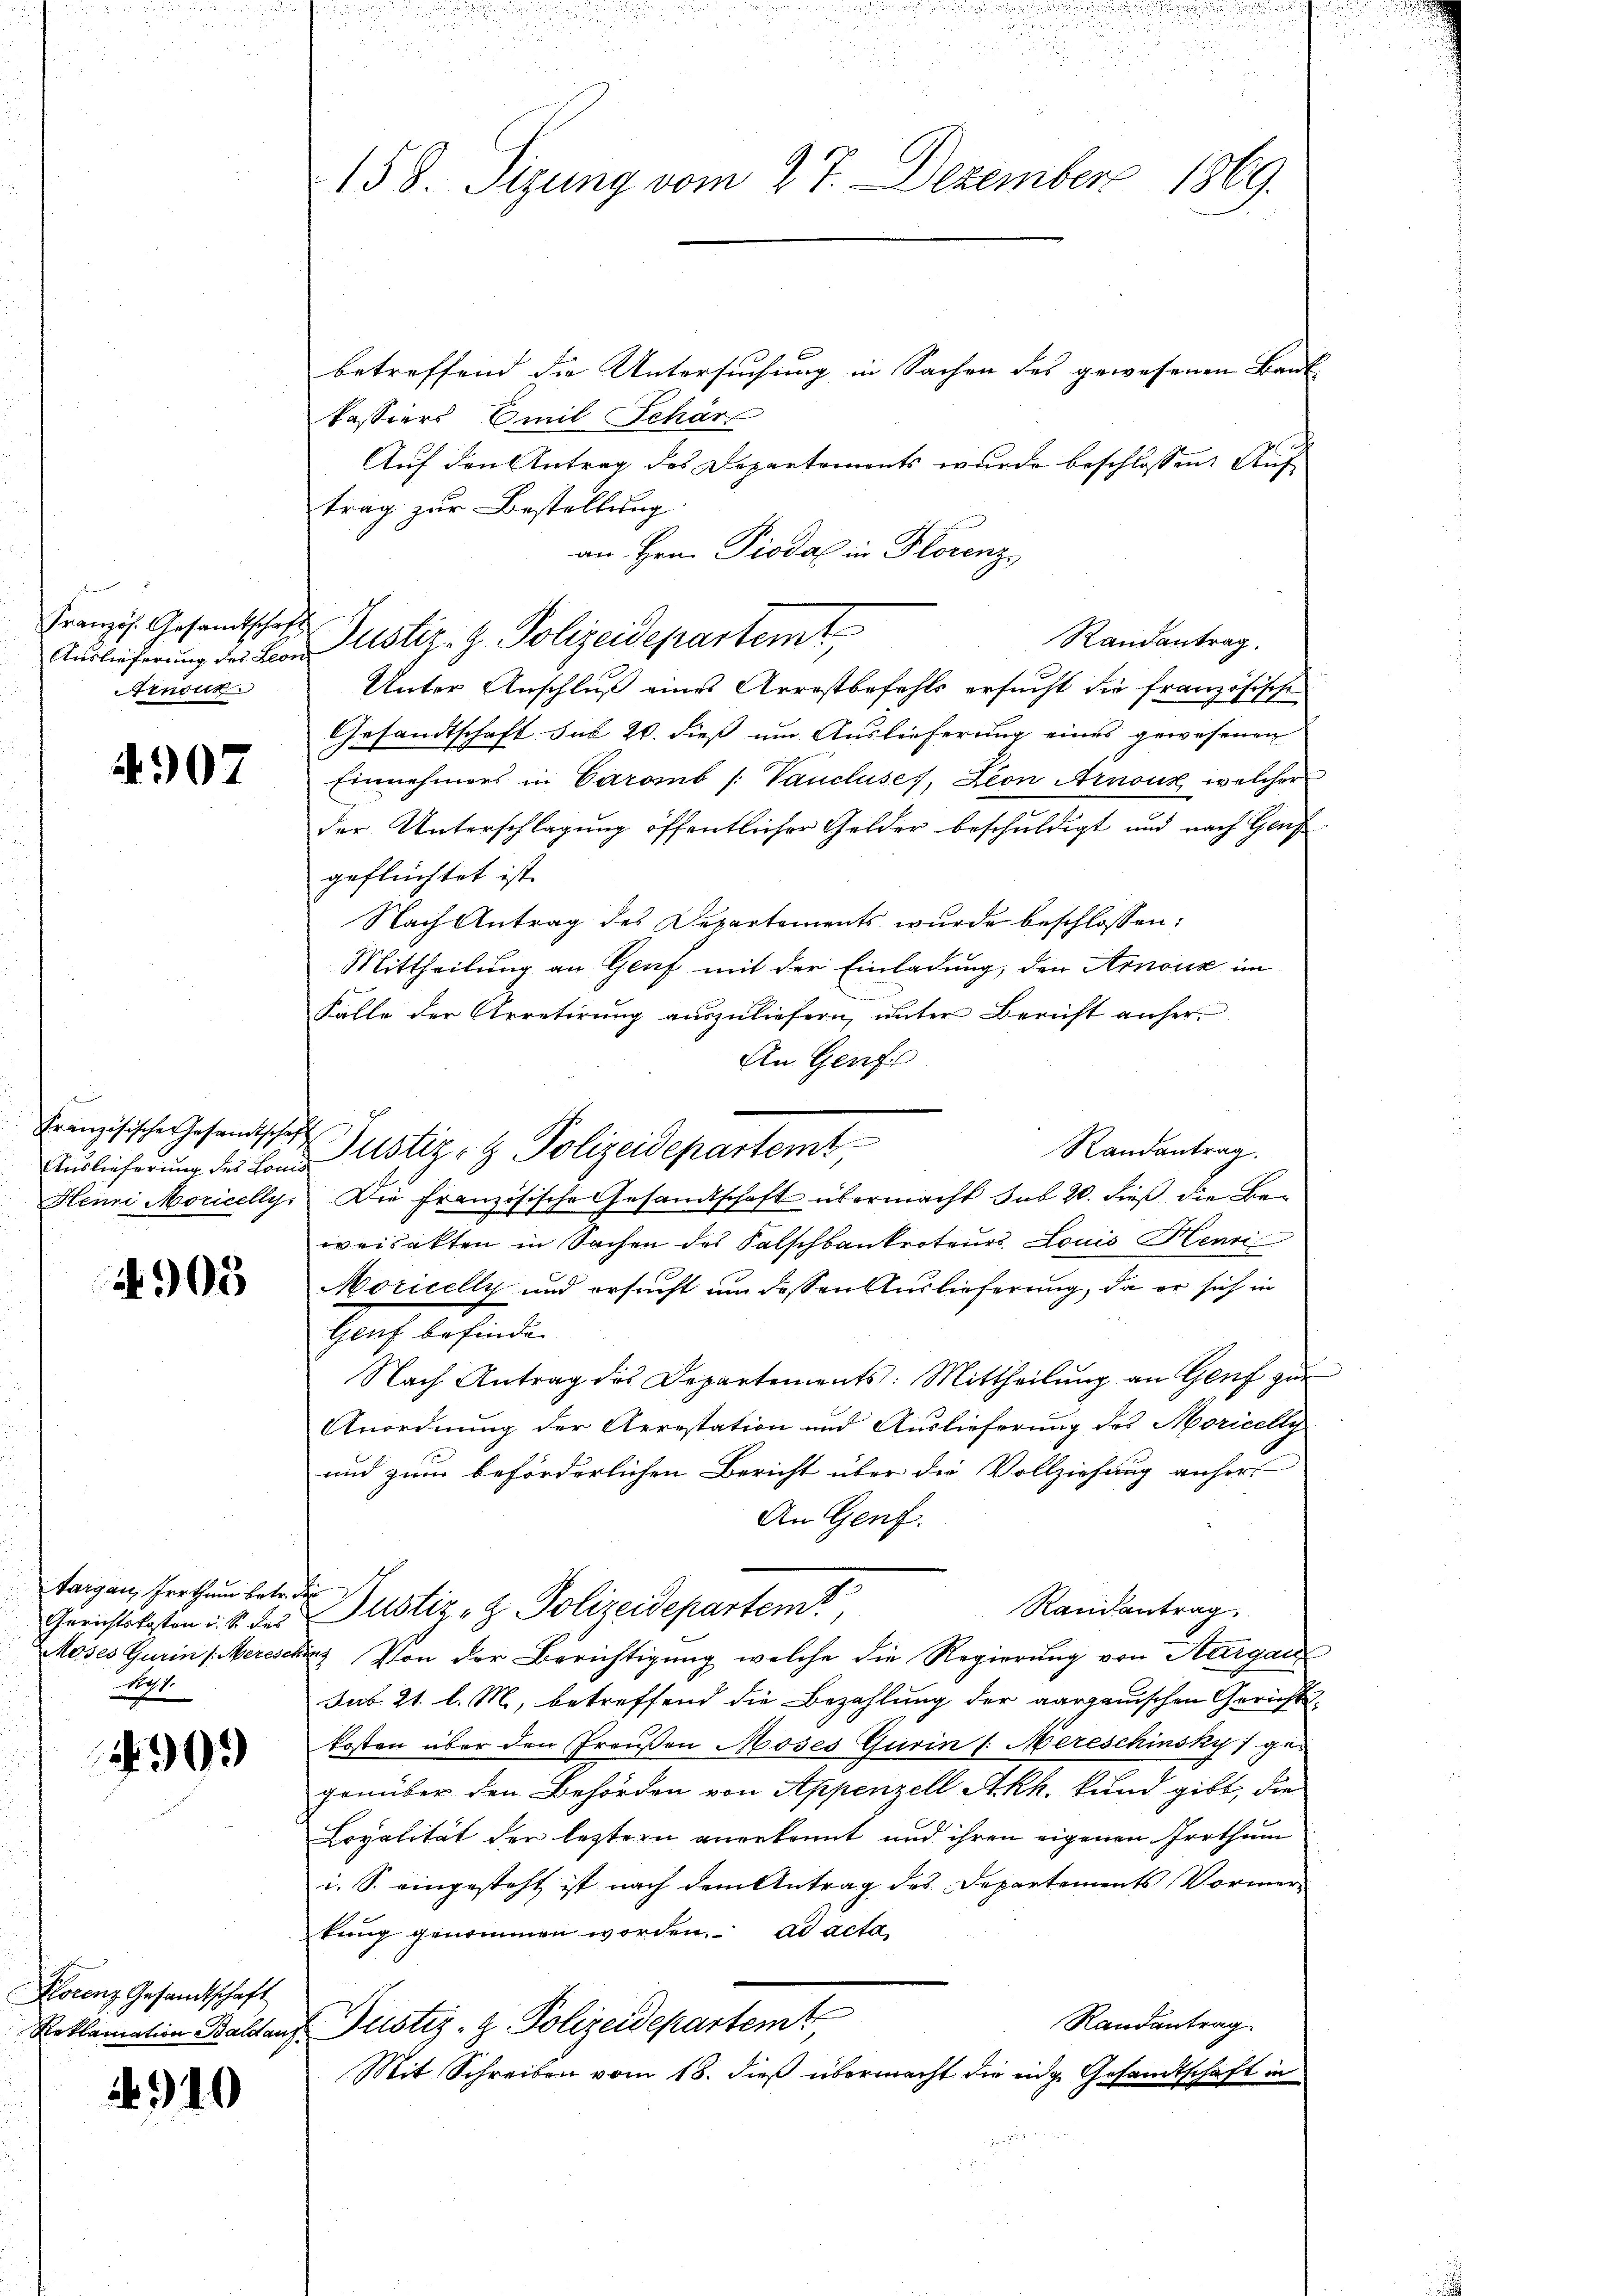
m
Französ. Gesamtschaft
Auslieferung des Leon
rnock

4907

Französischer Gesandtschaft

4905

Aargau, Irrthum betr. d
y

4909

Florenz Gesandtschaft

4910

betreffend die Untersuchung in Sachen des gewesenen Bank- |
kassiers Emil Schär
Auf den Antrag des Departements wurde beschlossen: Auf
trag zur Bestellung
an Hrn. Piodal in Florenz
Randantrag.
Unter Anschluß eines Arrestbefehls ersucht die französische
Gesandtschaft sub 20. dieß um Auslieferung eines gewesenen
Einnehmers in Caramb [Vancluses, Leon Arnoux, welcher
der Unterschlagung öffentlicher Gelder beschuldigt und nach Genf
geflüchtet ist. |
Nach Antrag des Departements wurde beschlossen:
Mittheilung an Genf mit der Einladung, den Arnouz im
Falle der Arretirung auszuliefern, unter Bericht anher¬
An Genf
Randantrag.
Aurlicherung des Land Justiz- & Polizeidepartemt
Henni Moricellys Die französische Gesandtschaft übermacht sub 20. dieß die Be-
weisekten in Sachen des Salschbankroteurs Louis Henri
Moricelly und ersucht um dessen Auslieferung, da er sich in
Genf befinden
Nach Antrag des Departements: Mittheilŭng an Genf zur
Anordnung der Arrestation und Auslieferung des Moricelly
und zum beförderlichen Bericht über die Vollziehung anhers
An Genf.
Randantrag.
Gerichtskaten u. v. des Justiz- & Polizeidepartem
Moses Gurin (Wereschinz Von der Berichtigung welche die Regierung von Aargau
sub 21. l. M., betreffend die Bezahlung der aargauischen Gerichtskosten über den Fraußen Moses Gurin /: Mereschinsky gegenüber den Behörden von Appenzell Akh. kund gibt, die
Loyalität der leztern angekannt und ihren eigenen Irrthum
i. S. eingesteht ist nach dem Antrag des Departements Vormertung genommen worden. ad acta,
Randantrag
Reklamation Baldauf Justiz- & Polizeidepartem
Mit Schreiben vom 18. dieß übermacht die eidg. Gesandtschaft in

.
158. Sitzung vom 27. Dezember 1869.

Justiz- & Polizeidepartemt